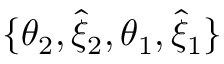
\{ \theta _ { 2 } , \hat { \xi } _ { 2 } , \theta _ { 1 } , \hat { \xi } _ { 1 } \}